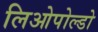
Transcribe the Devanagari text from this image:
लिओपोल्डो